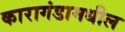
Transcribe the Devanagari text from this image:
कारागंडामधील